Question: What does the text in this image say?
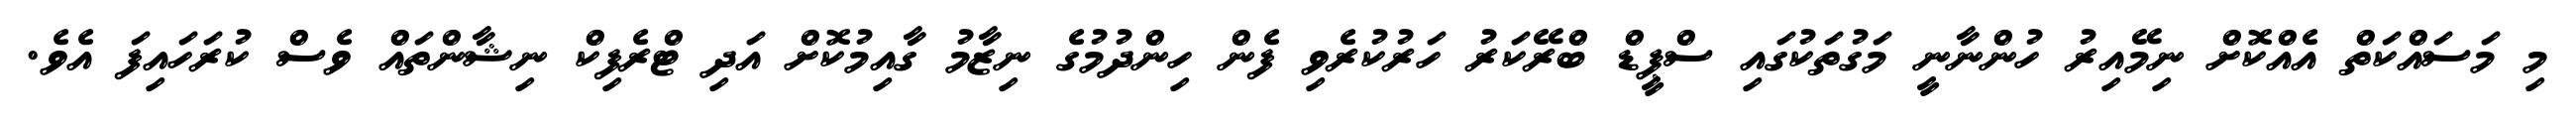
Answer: މި މަސައްކަތް އެއްކޮށް ނިމޭއިރު ހުންނާނީ މަގުތަކުގައި ސްޕީޑް ބްރޭކަރު ހަރުކުރެވި ފެން ހިންދުމުގެ ނިޒާމު ގާއިމުކޮށް އަދި ޓްރެފިކް ނިޝާންތައް ވެސް ކުރަހައިފަ އެވެ.